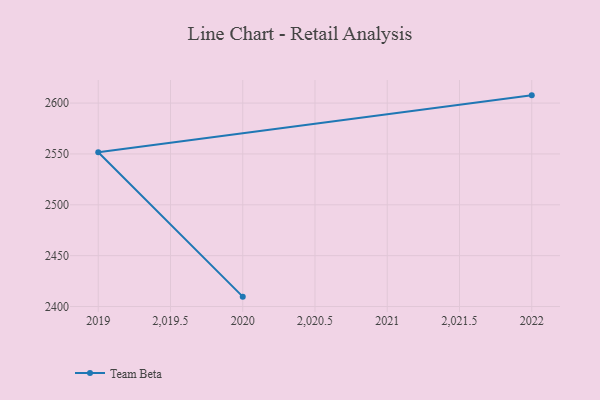
{"axis": {"x": "Year", "y": "Production Output"}, "legend": ["Team Beta"], "data": [{"x": "2022", "y": 2607.6, "type": "Team Beta"}, {"x": "2019", "y": 2551.7, "type": "Team Beta"}, {"x": "2020", "y": 2409.7, "type": "Team Beta"}]}